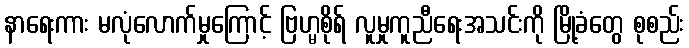
နာရေးကား မလုံလောက်မှုကြောင့် ဗြဟ္မစိုရ် လူမှုကူညီရေးအသင်းကို မြို့ခံတွေ စုစည်း